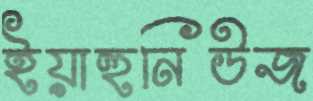
ইয়াহুনিউজ